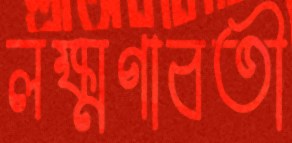
লক্ষ্মণাবতী